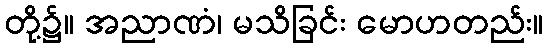
တို့၌။ အညာဏံ၊ မသိခြင်း မောဟတည်း။